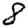
Digit: 8